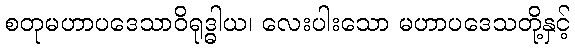
စတုမဟာပဒေသာဝိရုဒ္ဓါယ၊ လေးပါးသော မဟာပဒေသတို့နှင့်